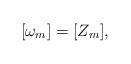
LaTeX: \begin{align*}[\omega_m]=[Z_m],\end{align*}